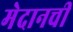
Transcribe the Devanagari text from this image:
मेदानची